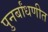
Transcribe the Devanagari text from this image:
पुनर्बांधणीत